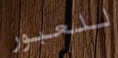
للعبور